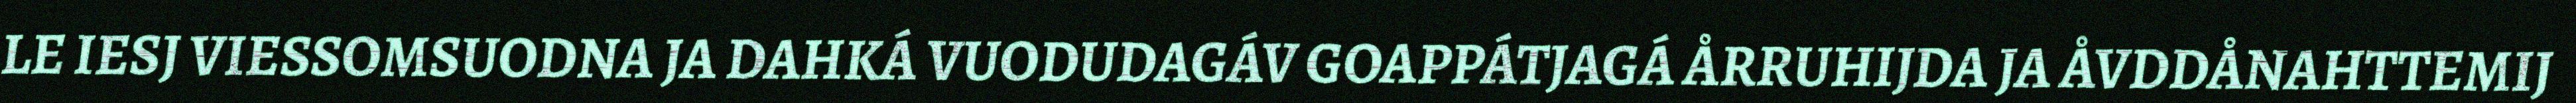
LE IESJ VIESSOMSUODNA JA DAHKÁ VUODUDAGÁV GOAPPÁTJAGÁ ÅRRUHIJDA JA ÅVDDÅNAHTTEMIJ